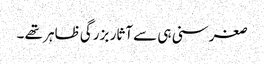
صغر سنی ہی سے آثار بزرگی ظاہر تھے ۔